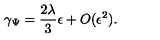
\gamma _ { \Psi } = \frac { 2 \lambda } { 3 } \epsilon + O ( \epsilon ^ { 2 } ) .